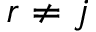
r \not = j